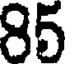
85